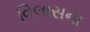
વિલાસના